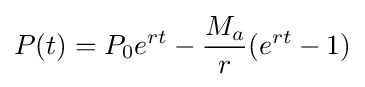
P(t)=P_{0}e^{rt}-{\frac {M_{a}}{r}}(e^{rt}-1)